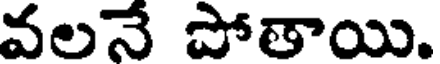
వలనే పోతాయి.